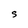
Character: S